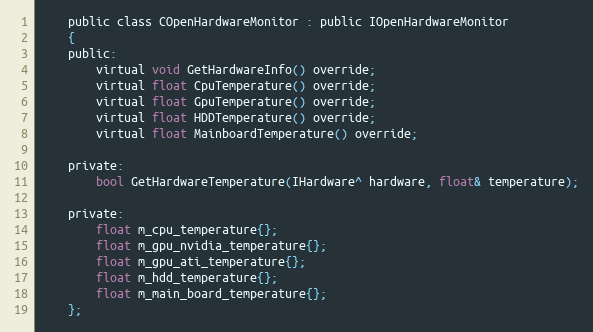
Language: C
    public class COpenHardwareMonitor : public IOpenHardwareMonitor
	{
    public:
        virtual void GetHardwareInfo() override;
        virtual float CpuTemperature() override;
        virtual float GpuTemperature() override;
        virtual float HDDTemperature() override;
        virtual float MainboardTemperature() override;

    private:
        bool GetHardwareTemperature(IHardware^ hardware, float& temperature);

    private:
        float m_cpu_temperature{};
        float m_gpu_nvidia_temperature{};
        float m_gpu_ati_temperature{};
        float m_hdd_temperature{};
        float m_main_board_temperature{};
    };